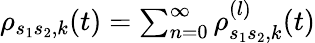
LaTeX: \begin{array}{r}{\rho_{s_{1}s_{2},k}(t)=\sum_{n=0}^{\infty}\rho_{s_{1}s_{2},k}^{(l)}(t)}\end{array}